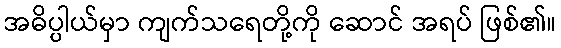
အဓိပ္ပါယ်မှာ ကျက်သရေတို့ကို ဆောင် အရပ် ဖြစ်၏။